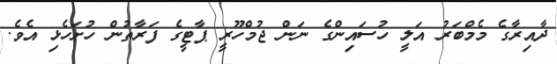
ދާއިރާގެ މެމްބަރު އަލީ ހުސައިންގެ ނަން ޖުމްހޫރީ ޕާޓީގެ ފަރާތުން ހުށަހެޅި އެވެ.